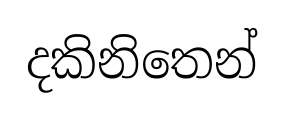
දකිනිතෙන්